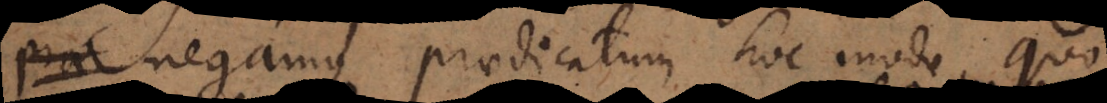
cum negamus praedicatum hoc modo qu